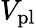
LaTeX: V_{\mathrm{pl}}